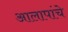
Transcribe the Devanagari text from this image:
आलापांचे